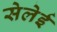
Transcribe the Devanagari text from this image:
सेलेई